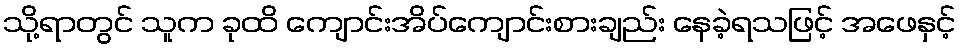
သို့ရာတွင် သူက ခုထိ ကျောင်းအိပ်ကျောင်းစားချည်း နေခဲ့ရသဖြင့် အဖေနှင့်